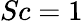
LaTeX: Sc=1